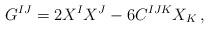
LaTeX: \begin{align*}G^{IJ} = 2 X^I X^J - 6 C^{IJK} X_K\,, \end{align*}